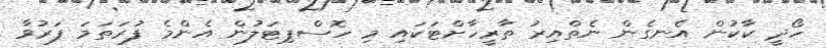
ހޯދީ ކާކުން އެނގެން ނެތްއިރު ތާރީހާށްޓަކައި މި ހޮސްޕިޓަލުން އެންމެ ފުރަތަމަ ފަރުވާ